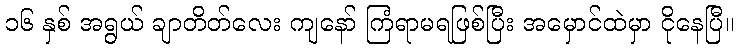
၁၆ နှစ် အရွယ် ချာတိတ်လေး ကျနော် ကြံရာမရဖြစ်ပြီး အမှောင်ထဲမှာ ငိုနေပြီ။